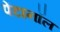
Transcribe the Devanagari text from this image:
पेंटानॉल